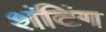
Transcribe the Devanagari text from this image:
शंटिंग